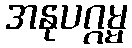
အနုပဂ္ဂမ္မ